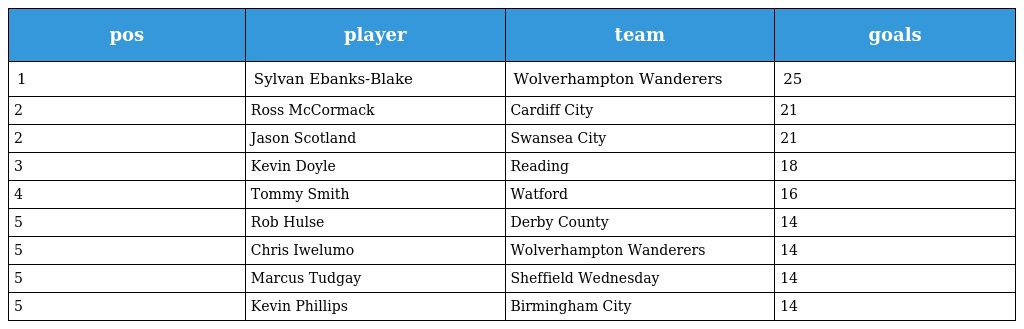
| pos | player | team | goals |
 | --- | --- | --- | --- |
 | 1 | Sylvan Ebanks-Blake | Wolverhampton Wanderers | 25 |
 | 2 | Ross McCormack | Cardiff City | 21 |
 | 2 | Jason Scotland | Swansea City | 21 |
 | 3 | Kevin Doyle | Reading | 18 |
 | 4 | Tommy Smith | Watford | 16 |
 | 5 | Rob Hulse | Derby County | 14 |
 | 5 | Chris Iwelumo | Wolverhampton Wanderers | 14 |
 | 5 | Marcus Tudgay | Sheffield Wednesday | 14 |
 | 5 | Kevin Phillips | Birmingham City | 14 |